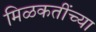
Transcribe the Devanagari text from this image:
मिळकतींच्या